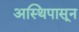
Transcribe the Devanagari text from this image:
अस्थिपासून